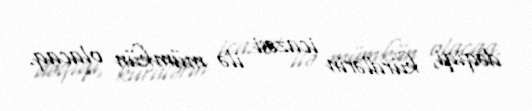
dəqiqi, kürdlərin icazəsi ilə mümkün olacaq.